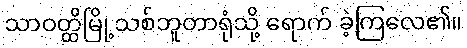
သာဝတ္ထိမြို့သစ်ဘူတာရုံသို့ ရောက် ခဲ့ကြလေ၏။